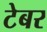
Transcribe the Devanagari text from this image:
टेबर